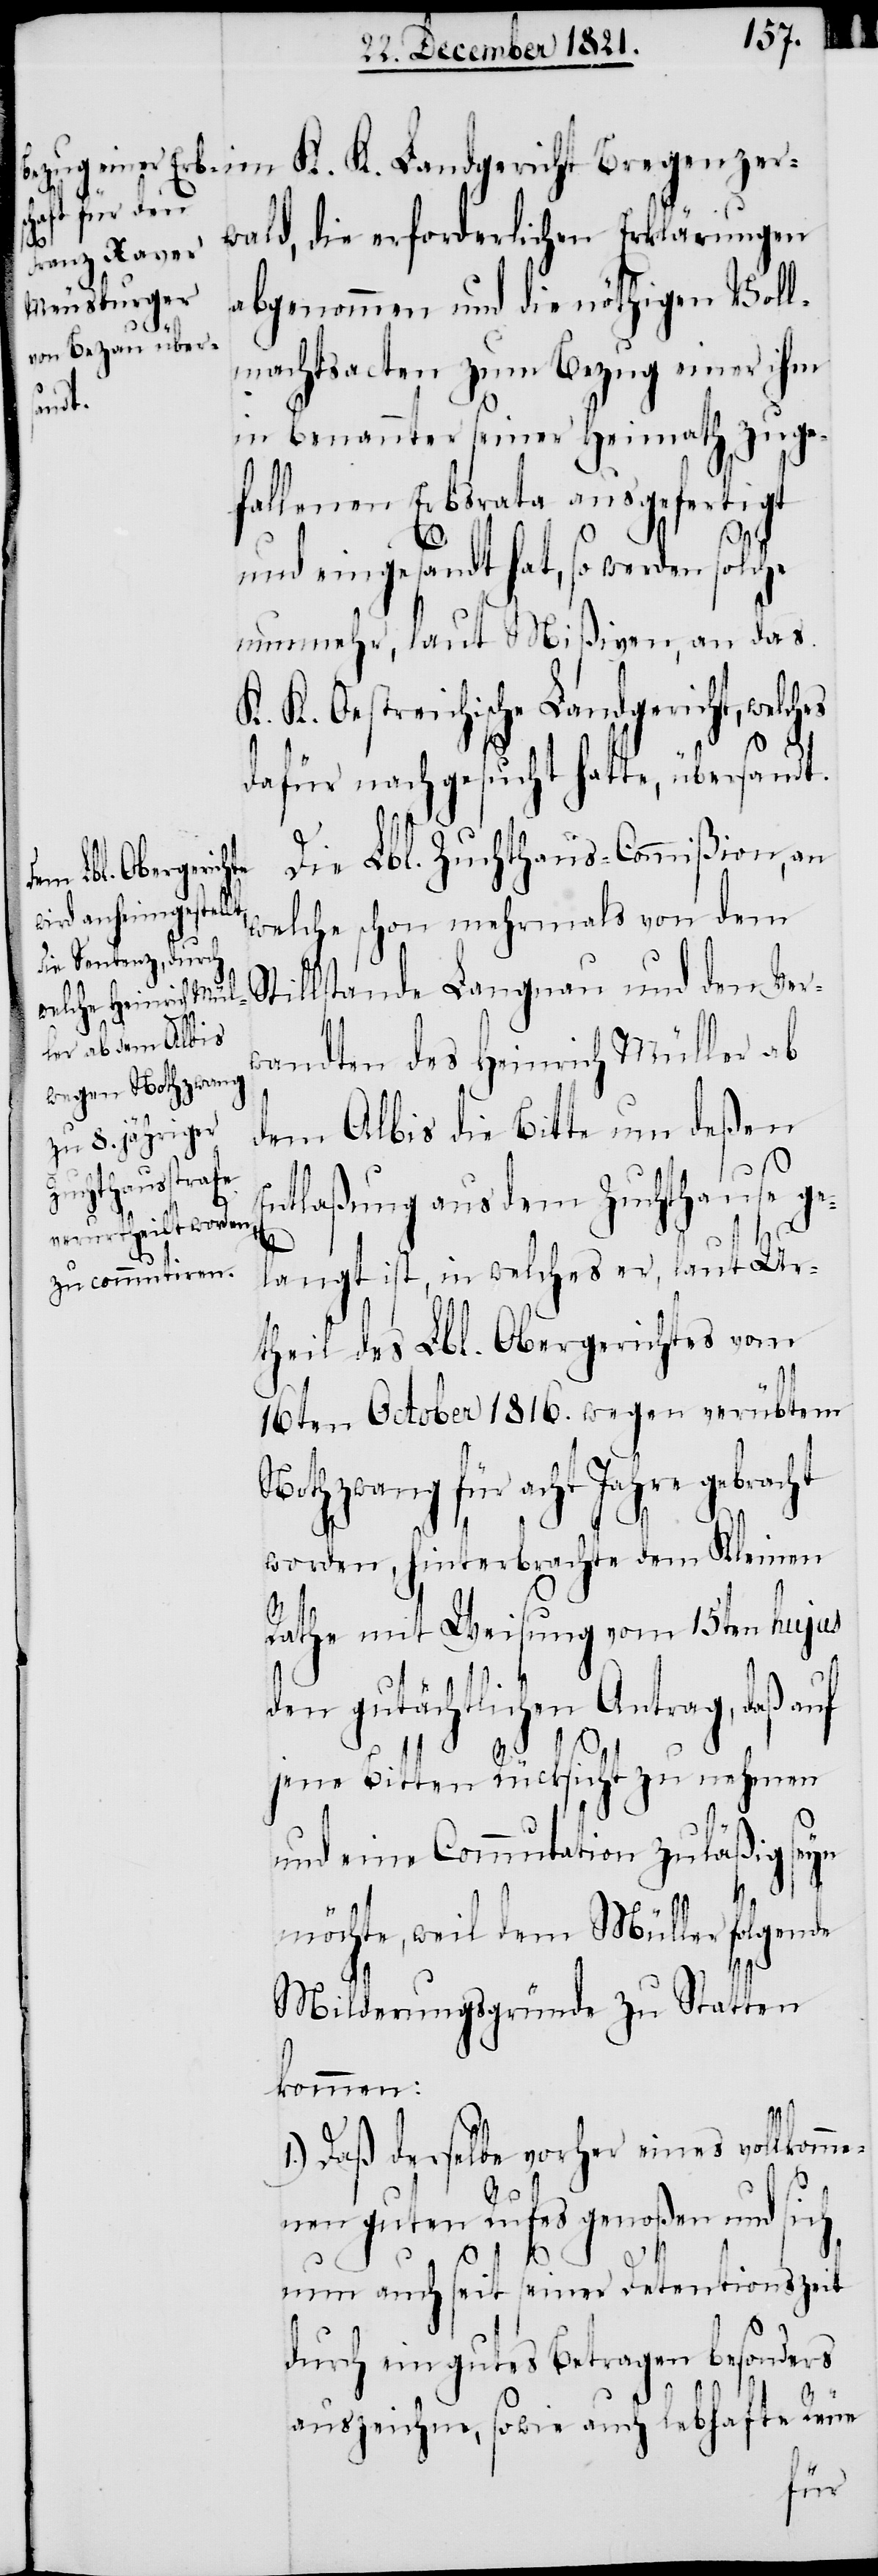
wald, die erforderlichen Erklärungen
abgenommen und die nöthigen Voll¬
machtsacten zum Bezug einer ihm
in benannter seiner Heimath zuge¬
fallenen Erbsrata ausgefertigt
genzer¬
Bre¬
und eingesandt hat, so werden solche
nunmehr, laut Mißiven, an das
K. K. Oestreichische Landgericht, welches
dafür nachgesucht hatte, übersandt.
Die Lbl. Zuchthaus-Commißion, an
K. Landgericht
welche schon mehrmals von dem
Stillstande Langnau und den Ver¬
wandten des Heinrich Müller ab
dem Albis die Bitte um deßen
Entlaßung aus dem Zuchthause ge¬
langt ist, in welches er, laut Ur¬
theil des Lbl. Obergerichtes vom
16ten October 1816. wegen verübtem
Nothzwang für acht Jahre gebracht
worden, hinterbrachte dem Kleinen
Rathe mit Weisung vom 15ten hujus
den gutächtlichen Antrag, daß auf
jene Bitten Rücksicht zu nehmen
und eine Commutation zuläßig seyn
möchte, weil dem Müller folgende
Milderungsgründe zu Statten
kommen:
1.) Daß derselbe vorher eines vollkom¬
me¬
K.
nen guten Rufes genoßen und sich
nun auch seit seiner Detentionszeit
durch ein gutes Betragen besonders
auszeichne, sowie auch lebhafte Reue